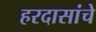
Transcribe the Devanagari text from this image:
हरदासांचे